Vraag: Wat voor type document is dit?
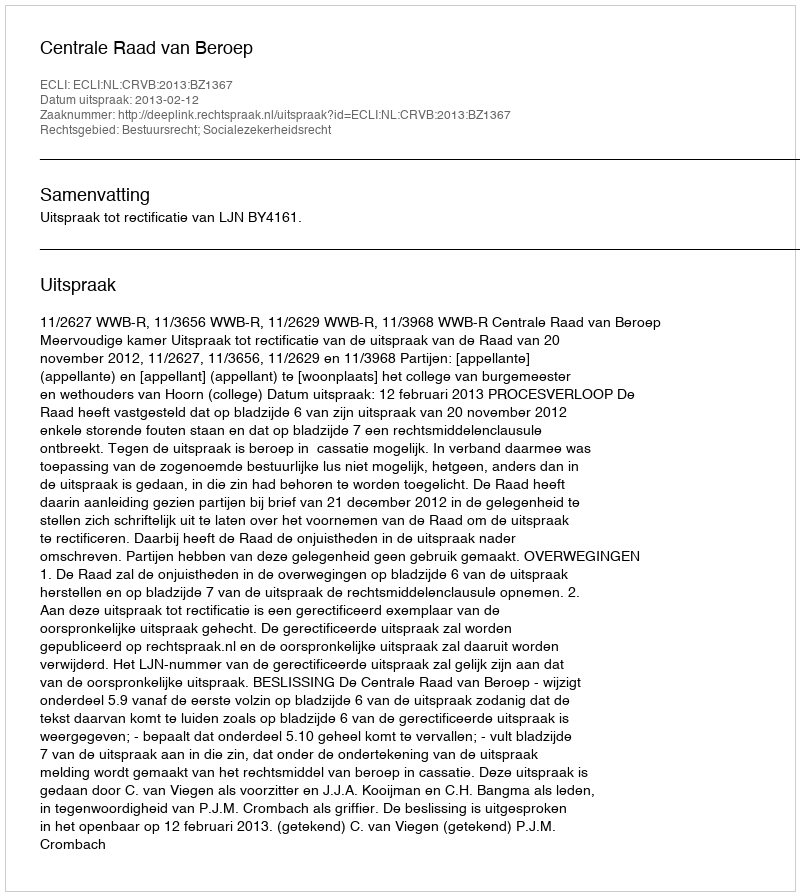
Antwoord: Uitspraak